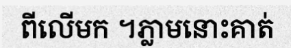
ពីលើមក ។ភ្លាមនោះគាត់